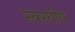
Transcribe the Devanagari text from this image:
स्वरघोष